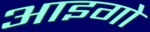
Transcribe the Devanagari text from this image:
आइगो